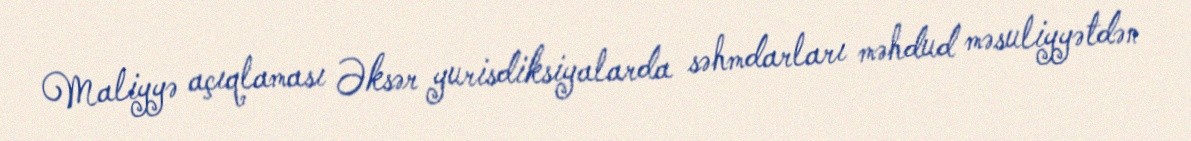
Maliyyə açıqlaması Əksər yurisdiksiyalarda səhmdarları məhdud məsuliyyətdən